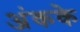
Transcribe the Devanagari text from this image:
अंकके